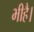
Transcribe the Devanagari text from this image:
भीहै।